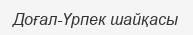
Доғал-Үрпек шайқасы